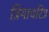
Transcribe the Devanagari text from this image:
त्रियाचरित्र